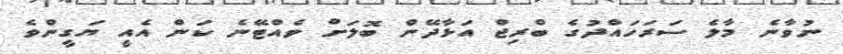
ނުވާނެ މާލެ ސަރަހައްދުގެ ބްރިޖް އަޅާދޭން ބޮލަށް ވެއްޓޭނެ ކަން އެއީ ޔަގީންވެ